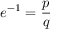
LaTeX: e ^ { - 1 } = { \frac { p } { q } }